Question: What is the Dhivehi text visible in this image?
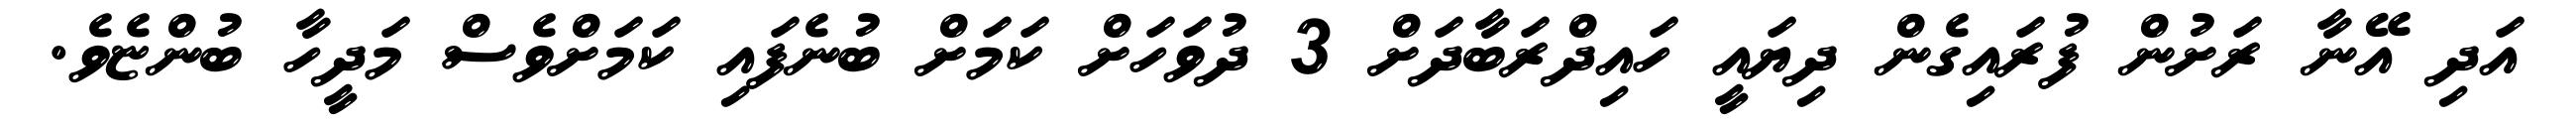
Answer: އަދި އޭނާ ރަށުން ފުރައިގެން ދިޔައީ ހައިދްރަބާދަށް 3 ދުވަހަށް ކަމަށް ބުނެފައި ކަމަށްވެސް މަދީހާ ބުންޏެވެ.